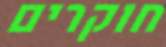
חוקרים